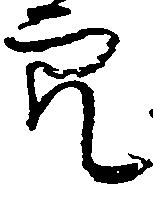
穴